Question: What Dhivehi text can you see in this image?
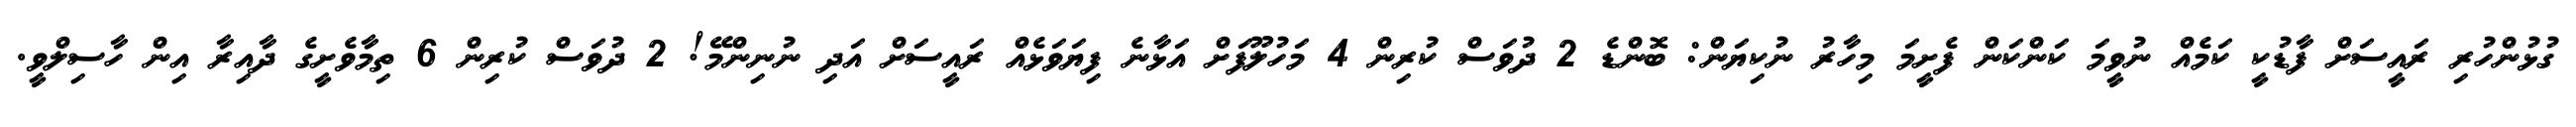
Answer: ގުޅުންހުރި ރައީސަށް ފާޑުކީ ކަމެއް ނުވީމަ ކަންކަން ފެށީމަ މިހާރު ނުކިޔަން: ބޮންޑެ 2 ދުވަސް ކުރިން 4 މަހުލޫފަށް އަޅާނެ ފިޔަވަޅެއް ރައީސަށް އަދި ނުނިންމޭ! 2 ދުވަސް ކުރިން 6 ތިމާވެށީގެ ދާއިރާ އިން ހާސިލްވީ.